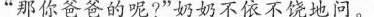
“那你爸爸的呢?”奶奶不依不饶地问。